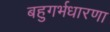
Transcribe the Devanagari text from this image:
बहुगर्भधारणा